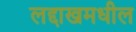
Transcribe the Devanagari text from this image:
लद्दाखमधील